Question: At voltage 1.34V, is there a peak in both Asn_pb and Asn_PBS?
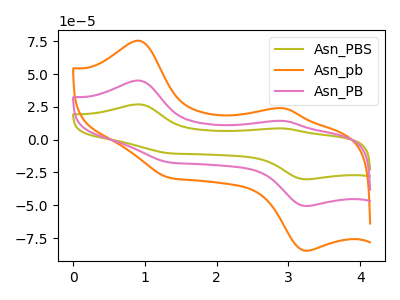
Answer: <think>The olive curve "Asn_PBS" has anodic peaks at (0.90V, 90.10uA) (2.95V, 28.45uA) and cathodic peaks at (3.25V, -101.15uA) (1.35V, -34.70uA). The orange curve "Asn_pb" has anodic peaks at (0.90V, 75.40uA) (2.95V, 23.80uA) and cathodic peaks at (3.25V, -84.65uA) (1.35V, -29.05uA). The pink curve "Asn_PB" has anodic peaks at (0.90V, 45.05uA) (2.95V, 14.20uA) and cathodic peaks at (3.25V, -50.60uA) (1.35V, -17.35uA).</think>
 <answer>Yes, "Asn_pb" and "Asn_PBS" share a peak at 1.34V.</answer>
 <eval>match</eval>